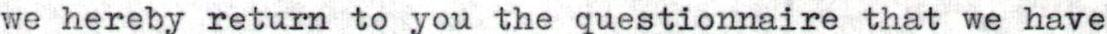
we hereby return to you the questionnaire that we have